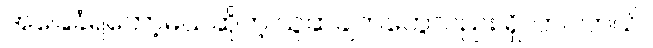
အခြေခံရတော့မယ်ဆိုတဲ့ ယူဆချက်တွေလည်း ရှိလာပါတယ်။